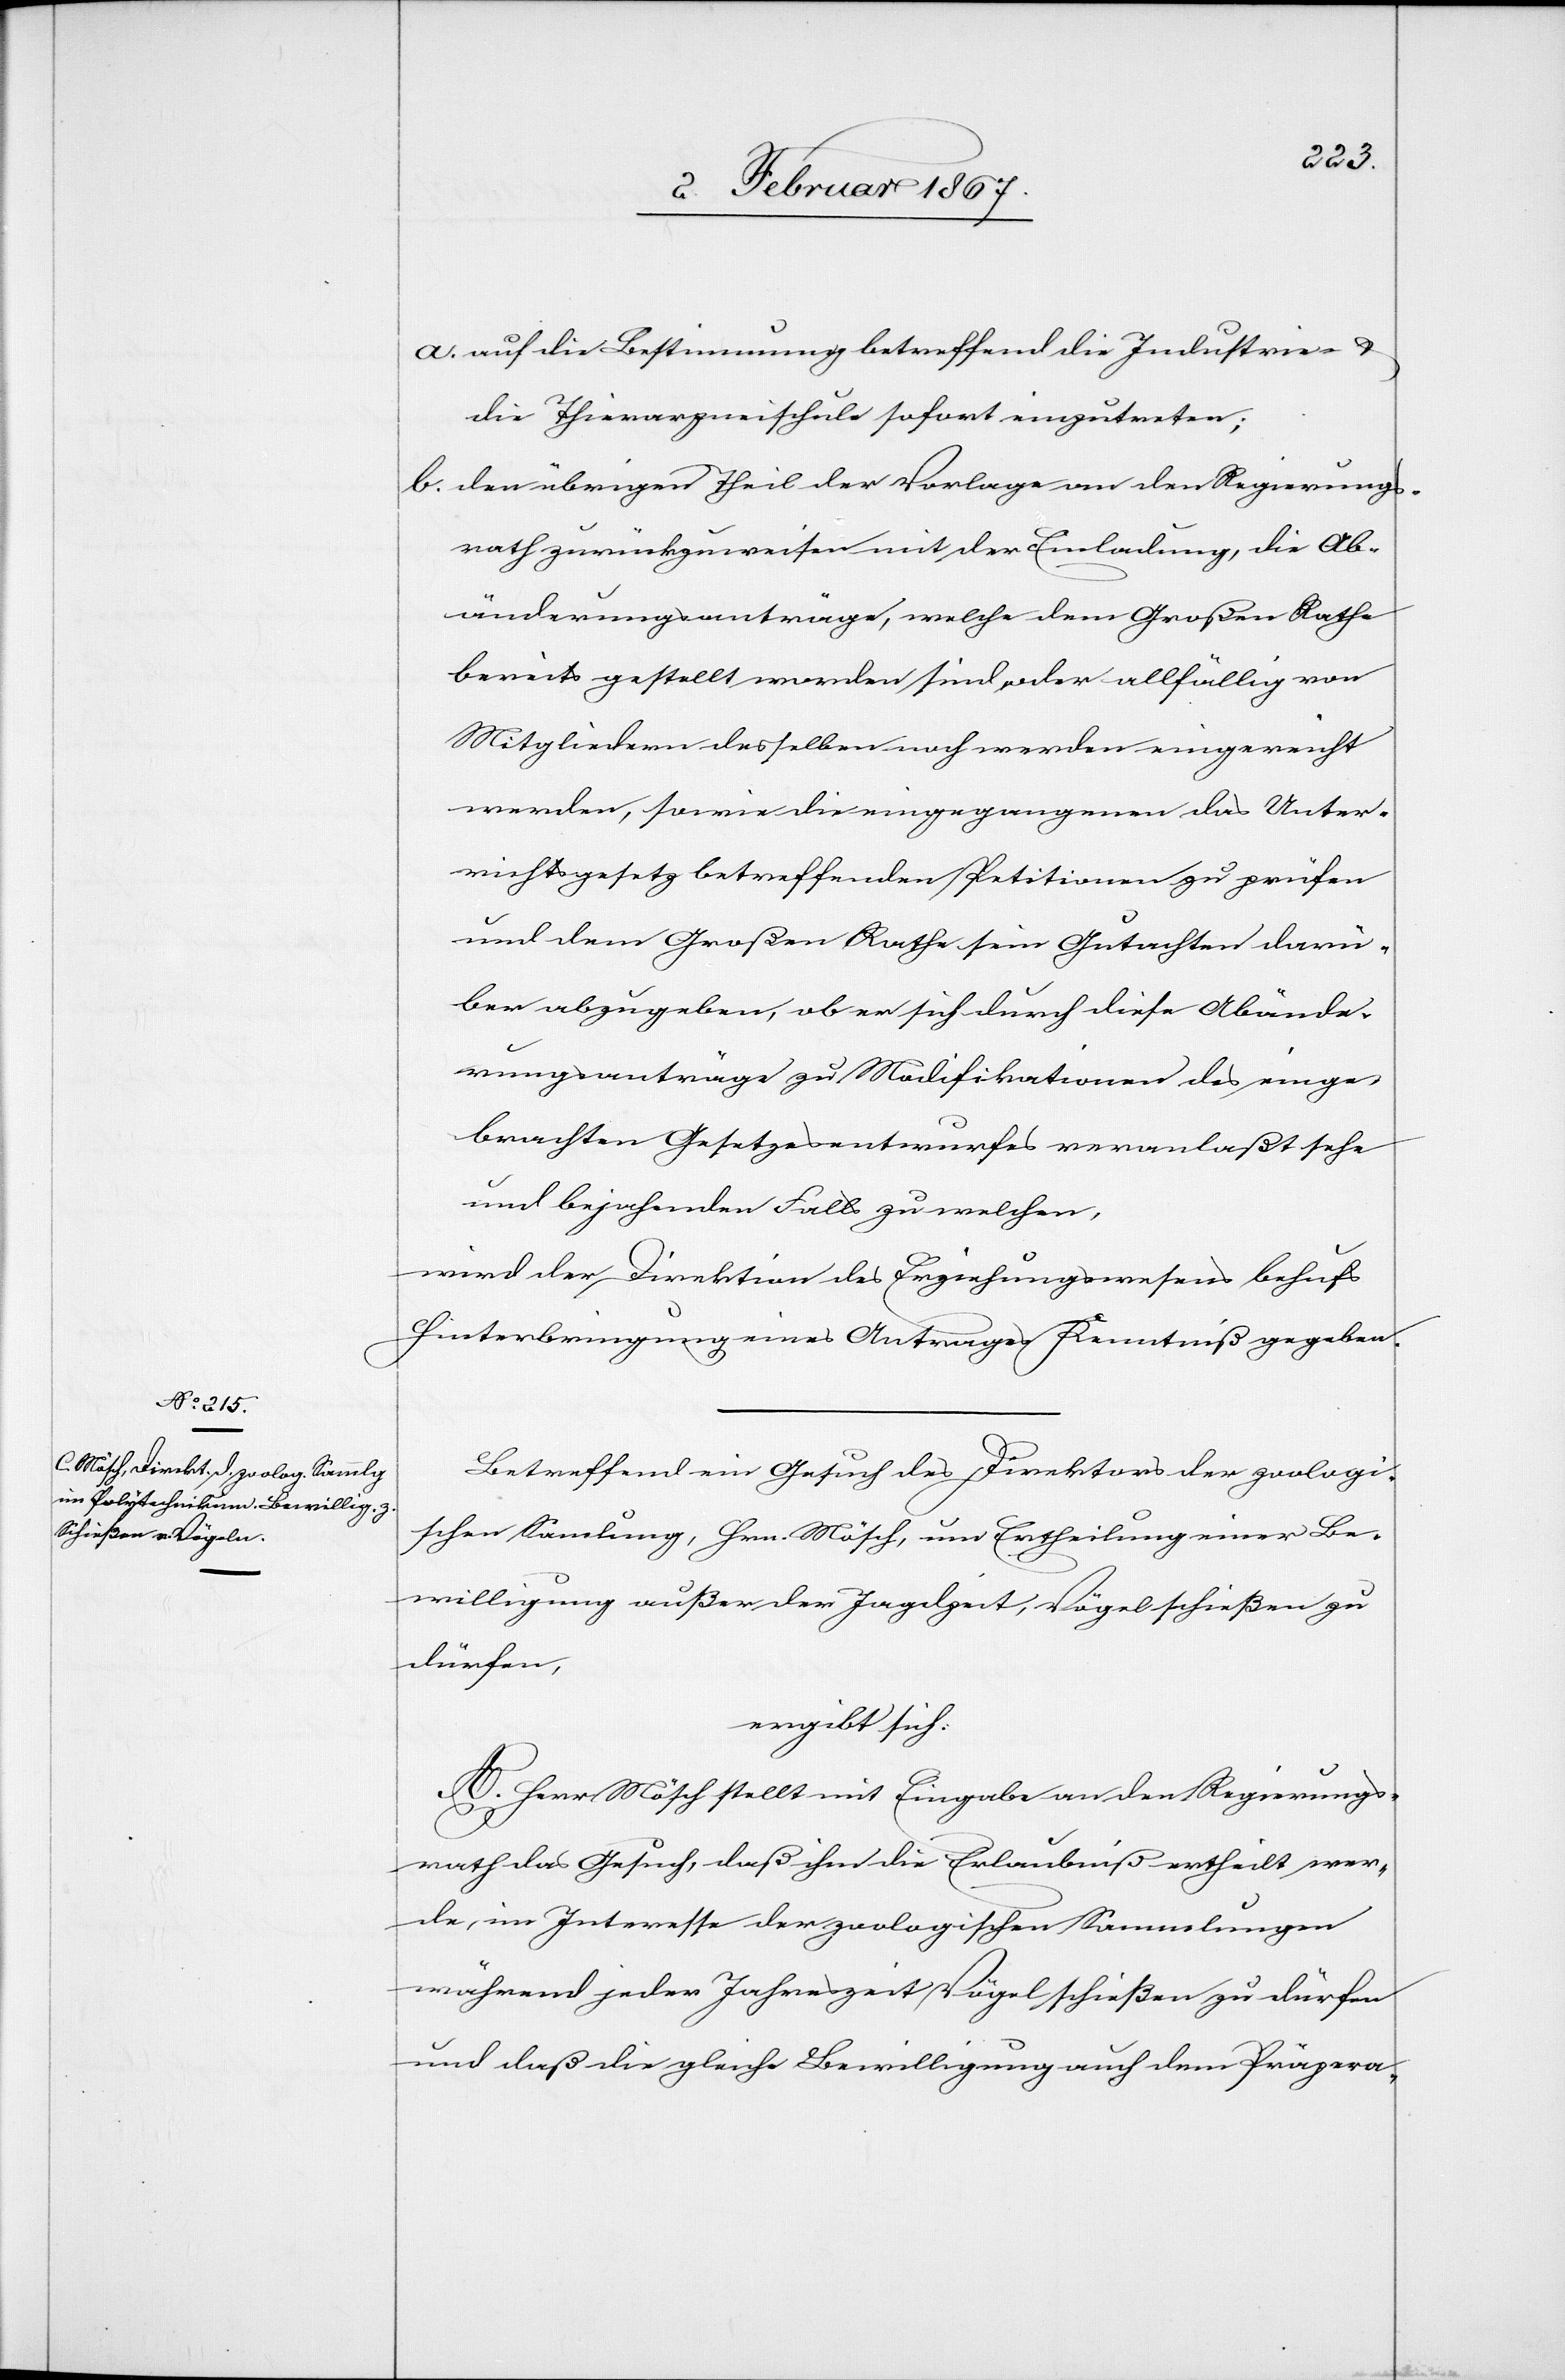
a. auf die Bestimmung betreffend die Industrie- &
die Thierarzneischule sofort einzutreten;
b. den übrigen Theil der Vorlage an den Regierungs¬
rath zurückzuweisen mit der Einladung, die Ab¬
änderungsanträge, welche dem Großen Rathe
bereits gestellt worden sind oder allfällig von
Mitgliedern desselben noch werden eingereicht
werden, sowie die eingegangenen das Unter¬
richtsgesetz betreffenden Petitionen zu prüfen
und dem Großen Rathe sein Gutachten darü¬
ber abzugeben, ob er sich durch diese Abände¬
rungsanträge zu Modifikationen des einge¬
brachten Gesetzesentwurfes veranlaßt sehe
und bejahenden Falls zu welchen,
wird der Direktion des Erziehungswesens behufs
Hinterbringung eines Antrages Kenntniß gegeben.
Betreffend ein Gesuch des Direktors der zoologi¬
schen Sam[m]lung, Hrn. Mösch, um Ertheilung einer Be¬
willigung außer der Jagdzeit, Vögel schießen zu
dürfen,
ergibt sich:
A. Herr Mösch stellt mit Eingabe an den Regierungs¬
rath das Gesuch, daß ihm die Erlaubniß ertheilt wer¬
de, im Interesse der zoologischen Sammlungen
während jeder Jahreszeit Vögel schießen zu dürfen
und daß die gleiche Bewilligung auch dem Präpera-